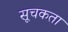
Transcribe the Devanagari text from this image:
सूचकता